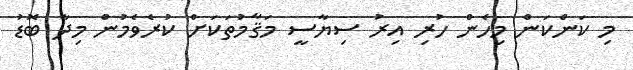
މި ކަންކަން މިހެން ހުރި އިރު ސިޔާސީ މަޤާމުތަކަށް ކުރެވެމުން މިދާ ބޮޑު